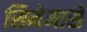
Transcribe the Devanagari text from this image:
सिनेमासे